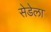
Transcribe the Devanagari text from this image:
सेडेला